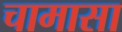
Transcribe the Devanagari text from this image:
चामासा